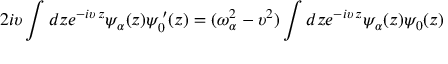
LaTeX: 2 i \upsilon \int d z e ^ { - i \upsilon \, z } \psi _ { \alpha } ( z ) \psi _ { 0 } ^ { \, \prime } ( z ) = ( \omega _ { \alpha } ^ { 2 } - \upsilon ^ { 2 } ) \int d z e ^ { - i \upsilon \, z } \psi _ { \alpha } ( z ) \psi _ { 0 } ( z )